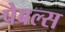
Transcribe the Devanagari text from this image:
पेबल्स